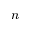
n